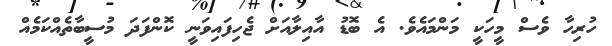
ހުރިހާ ވެސް މީހަކީ މަންމައެވެ. އެ ބޮޑު އާއިލާއަށް ޖެހިފައިވަނީ ކޮންފަދަ މުސީބާތެއްކަމެއް